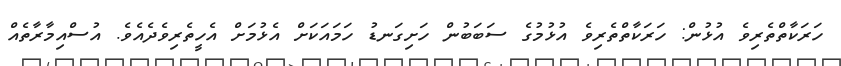
ހަރަކާތްތެރިވެ އުޅުން: ހަރަކާތްތެރިވެ އުޅުމުގެ ސަބަބުން ހަށިގަނޑު ހަމައަކަށް އެޅުމަށް އެހީތެރިވެދެއެވެ. އުސްއިމާރާތެއް